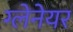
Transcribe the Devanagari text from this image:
ग्लेनेयर